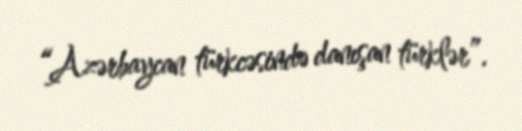
“Azərbaycan türkcəsində danışan türklər”.